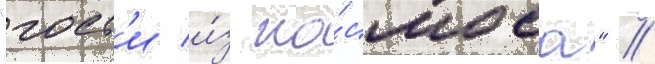
"гост'и и́з ко́смоса" //